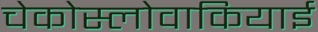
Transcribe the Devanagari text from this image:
चेकोस्लोवाकियाई